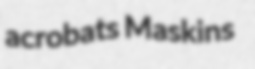
acrobats Maskins